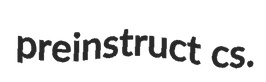
preinstruct cs.